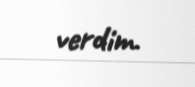
verdim.